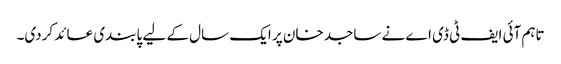
تاہم آئی ایف ٹی ڈی اے نے ساجد خان پر ایک سال کے لیے پابندی عائد کردی۔